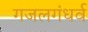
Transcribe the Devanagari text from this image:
गजलगंधर्व